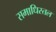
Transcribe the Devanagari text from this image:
समाधिस्तल